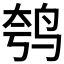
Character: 𫛦